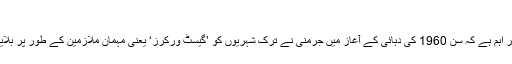
‘‘
يہ امر اہم ہے کہ سن 1960 کی دہائی کے آغاز ميں جرمنی نے ترک شہريوں کو ’گيسٹ ورکرز‘ يعنی مہمان ملازمين کے طور پر بلايا تھا۔